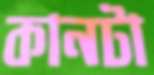
কানটা